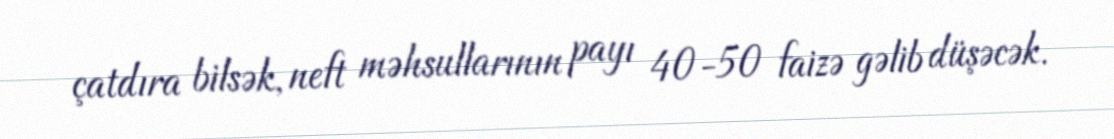
çatdıra bilsək, neft məhsullarının payı 40-50 faizə gəlib düşəcək.